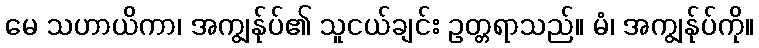
မေ သဟာယိကာ၊ အကျွန်ုပ်၏ သူငယ်ချင်း ဥတ္တရာသည်။ မံ၊ အကျွန်ုပ်ကို။